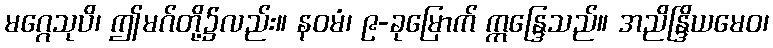
မဂ္ဂေသုပိ၊ ဤမဂ်တို့၌လည်း။ နဝမံ၊ ၉-ခုမြောက် ဣန္ဒြေသည်။ အညိန္ဒြိယမေဝ၊